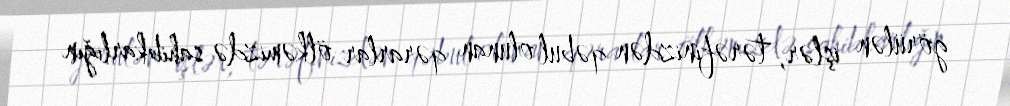
görülən işlər, tərəfinizdən qəbul olunan qərarlar ölkəmizdə sahibkarlığın